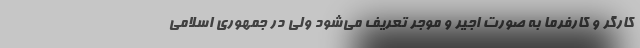
کارگر و کارفرما به صورت اجیر و موجر تعریف می‌شود ولی در جمهوری اسلامی